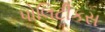
પોલિટીકસ